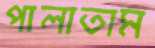
পালাতাম